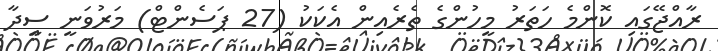
ރާއްޖޭގައި ކޮންމެ ހަތަރު މީހުންގެ ތެރެއިން އެކަކު (27 ޕަސެންޓް) މަރުވަނީ ސީދާ